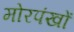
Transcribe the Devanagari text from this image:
मोरपंखों